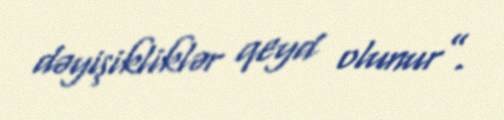
dəyişikliklər qeyd olunur”.